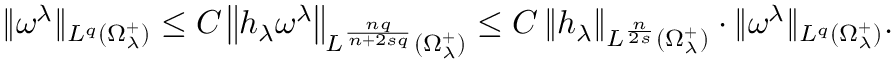
\begin{array} { r } { \| \omega ^ { \lambda } \| _ { L ^ { q } ( \Omega _ { \lambda } ^ { + } ) } \leq C \left\| h _ { \lambda } \omega ^ { \lambda } \right\| _ { L ^ { \frac { n q } { n + 2 s q } } ( \Omega _ { \lambda } ^ { + } ) } \leq C \left\| h _ { \lambda } \right\| _ { L ^ { \frac { n } { 2 s } } ( \Omega _ { \lambda } ^ { + } ) } \cdot \| \omega ^ { \lambda } \| _ { L ^ { q } ( \Omega _ { \lambda } ^ { + } ) } . } \end{array}